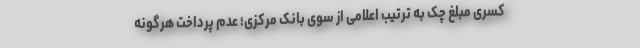
کسری مبلغ چک به ترتیب اعلامی از سوی بانک مرکزی؛ عدم پرداخت هرگونه